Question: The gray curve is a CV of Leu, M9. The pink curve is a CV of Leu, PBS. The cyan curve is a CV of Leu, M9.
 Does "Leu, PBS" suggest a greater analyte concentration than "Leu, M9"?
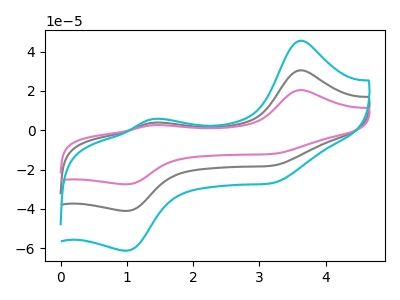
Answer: <think>The gray curve "Leu, M9" has anodic peaks at (3.60V, 30.50uA) (1.40V, 3.85uA) and cathodic peaks at (3.20V, -17.85uA) (1.00V, -41.05uA). The pink curve "Leu, PBS" has anodic peaks at (3.60V, 20.45uA) (1.40V, 2.55uA) and cathodic peaks at (3.20V, -11.95uA) (1.00V, -27.50uA). The cyan curve "Leu, M9" has anodic peaks at (3.60V, 61.00uA) (1.40V, 7.70uA) and cathodic peaks at (3.20V, -35.70uA) (1.00V, -82.05uA).
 All the peaks in "Leu, PBS" have a peak in "Leu, M9" at the same potential. Every peak in "Leu, PBS" is lower than every peak in "Leu, M9".</think>
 <answer>"Leu, PBS" has less signal than "Leu, M9".</answer>
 <eval>less_signal</eval>